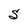
Character: S